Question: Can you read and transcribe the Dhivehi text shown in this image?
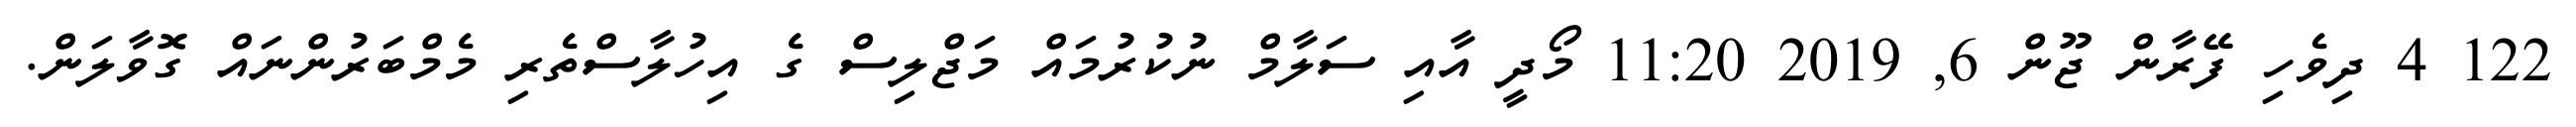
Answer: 122 4 ދިވެހި ފޭރާން ޖޫން 6, 2019 11:20 މޯދީ އާއި ސަލާމް ނުކުރުމައް މަޖްލިސް ގެ އިހުލާސްތެރި މެމްބަރުންނައް ގޮވާލަން.